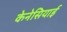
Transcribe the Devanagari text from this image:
केनेसियाई